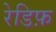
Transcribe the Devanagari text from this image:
रेडिफ़